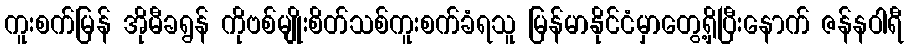
ကူးစက်မြန် အိုမီခရွန် ကိုဗစ်မျိုးစိတ်သစ်ကူးစက်ခံရသူ မြန်မာနိုင်ငံမှာတွေ့ရှိပြီးနောက် ဇန်နဝါရီ